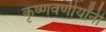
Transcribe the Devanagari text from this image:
कृष्णवणीर्यांनी